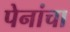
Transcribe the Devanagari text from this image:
पेनांचा